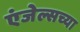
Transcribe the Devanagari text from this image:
एंजेल्सच्या